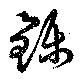
鑠